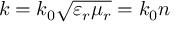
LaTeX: k = k _ { 0 } { \sqrt { \varepsilon _ { r } \mu _ { r } } } = k _ { 0 } n